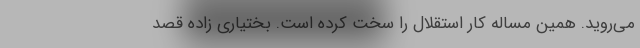
می‌روید. همین مساله کار استقلال را سخت کرده است. بختیاری زاده قصد